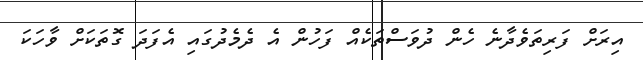
އިރަށް ފަރިތަވެދާނެ ހެން ދުވަސްތަކެއް ފަހުން އެ ދެމެދުގައި އެފަދަ ގޮތަކަށް ވާހަކަ